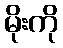
မိုးကို